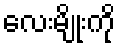
လေးမျိုးကို